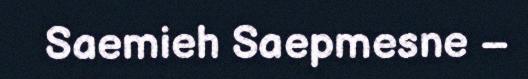
Saemieh Saepmesne –